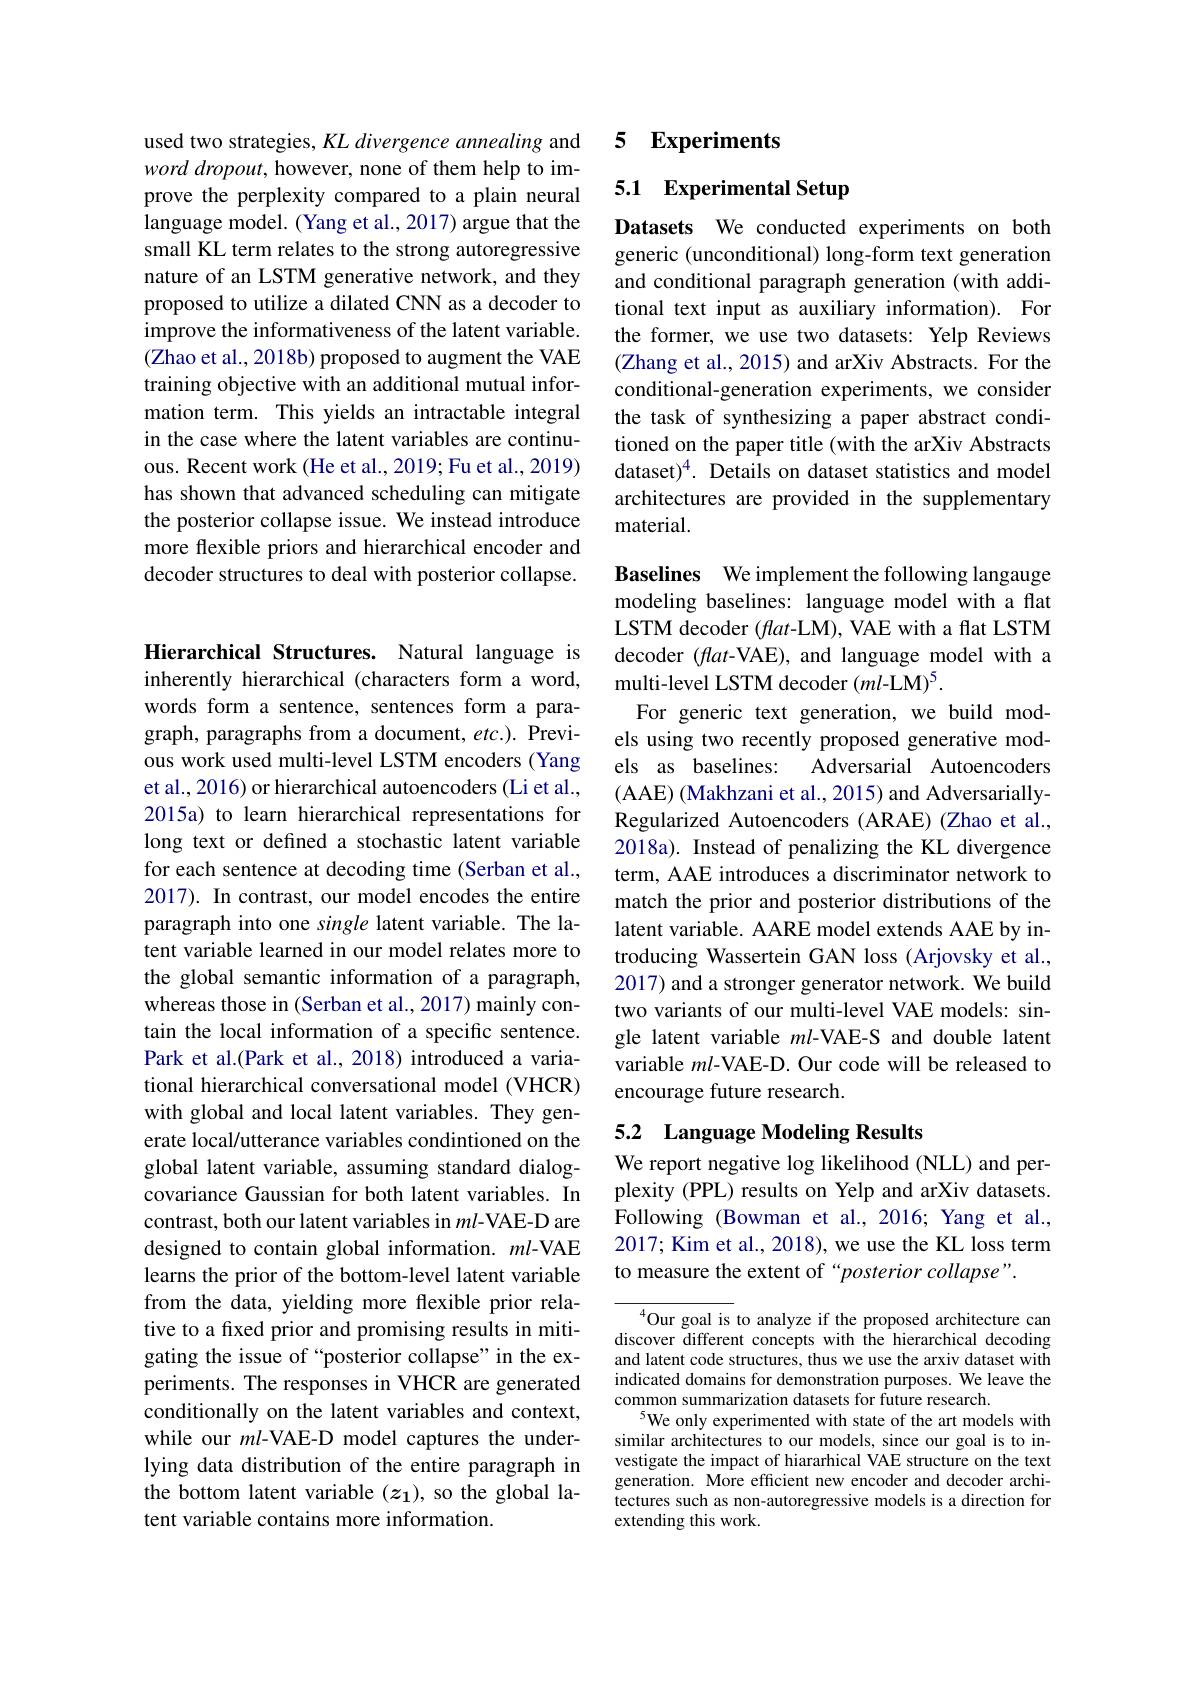
used two strategies, KL divergence annealing and word dropout, however, none of them help to improve the perplexity compared to a plain neural language model. (Yang et al., 2017) argue that the small KL term relates to the strong autoregressive nature of an LSTM generative network, and they proposed to utilize a dilated CNN as a decoder to improve the informativeness of the latent variable. (Zhao et al., 2018b) proposed to augment the VAE training objective with an additional mutual information term. This yields an intractable integral in the case where the latent variables are continuous. Recent work (He et al., 2019; Fu et al., 2019) has shown that advanced scheduling can mitigate the posterior collapse issue. We instead introduce more flexible priors and hierarchical encoder and decoder structures to deal with posterior collapse.

Hierarchical Structures. Natural language is inherently hierarchical (characters form a word, words form a sentence, sentences form a paragraph, paragraphs from a document, etc.). Previous work used multi-level LSTM encoders (Yang et al., 2016) or hierarchical autoencoders (Li et al., 2015a) to learn hierarchical representations for long text or defined a stochastic latent variable for each sentence at decoding time (Serban et al., 2017). In contrast, our model encodes the entire paragraph into one single latent variable. The latent variable learned in our model relates more to the global semantic information of a paragraph, whereas those in (Serban et al., 2017) mainly contain the local information of a specific sentence. Park et al.(Park et al., 2018) introduced a variational hierarchical conversational model (VHCR) with global and local latent variables. They generate local/utterance variables condintioned on the global latent variable, assuming standard dialogcovariance Gaussian for both latent variables. In contrast, both our latent variables in $ml$-VAE-D are designed to contain global information. $ml$-VAE learns the prior of the bottom-level latent variable from the data, yielding more flexible prior relative to a fixed prior and promising results in mitigating the issue of “posterior collapse”in the experiments. The responses in VHCR are generated conditionally on the latent variables and context, while our $ml$-VAE-D model captures the underlying data distribution of the entire paragraph in the bottom latent variable $(z_1)$, so the global latent variable contains more information.

### 5 $\mathbf{Experiments}$

# 5.1 Experimental Setup

Datasets We conducted experiments on both generic (unconditional) long-form text generation and conditional paragraph generation (with additional text input as auxiliary information). For the former, we use two datasets: Yelp Reviews (Zhang et al., 2015) and arXiv Abstracts. For the conditional-generation experiments, we consider the task of synthesizing a paper abstract conditioned on the paper title (with the arXiv Abstracts dataset)$^4.$ Details on dataset statistics and model architectures are provided in the supplementary material.

Baselines We implement the following langauge modeling baselines: language model with a flat LSTM decoder $(flat$-LM), VAE with a flat LSTM decoder $(fat$-VAE), and language model with a multi-level LSTM decoder (ml-LM)$^5.$
For generic text generation, we build models using two recently proposed generative models as baselines:
Adversarial Autoencoders
(AAE) (Makhzani et al., 2015) and AdversariallyRegularized Autoencoders (ARAE) (Zhao et al., 2018a). Instead of penalizing the KL divergence term, AAE introduces a discriminator network to match the prior and posterior distributions of the latent variable. AARE model extends AAE by introducing Wassertein GAN loss (Arjovsky et al., 2017) and a stronger generator network. We build two variants of our multi-level VAE models: single latent variable $ml$-VAE-S and double latent variable $ml$-VAE-D. Our code will be released to encourage future research.

# 5.2 Language Modeling Results

We report negative log likelihood (NLL) and perplexity (PPL) results on Yelp and arXiv datasets. Following (Bowman et al.,2016;Yang et al., 2017; Kim et al., 2018), we use the KL loss term to measure the extent of“posterior collapse”.

$^{4}$Our goal is to analyze if the proposed architecture can discover different concepts with the hierarchical decoding and latent code structures, thus we use the arxiv dataset with indicated domains for demonstration purposes. We leave the common summarization datasets for future research.
$^{5}$We only experimented with state of the art models with similar architectures to our models, since our goal is to investigate the impact of hiararhical VAE structure on the text generation. More efficient new encoder and decoder architectures such as non-autoregressive models is a direction for extending this work.